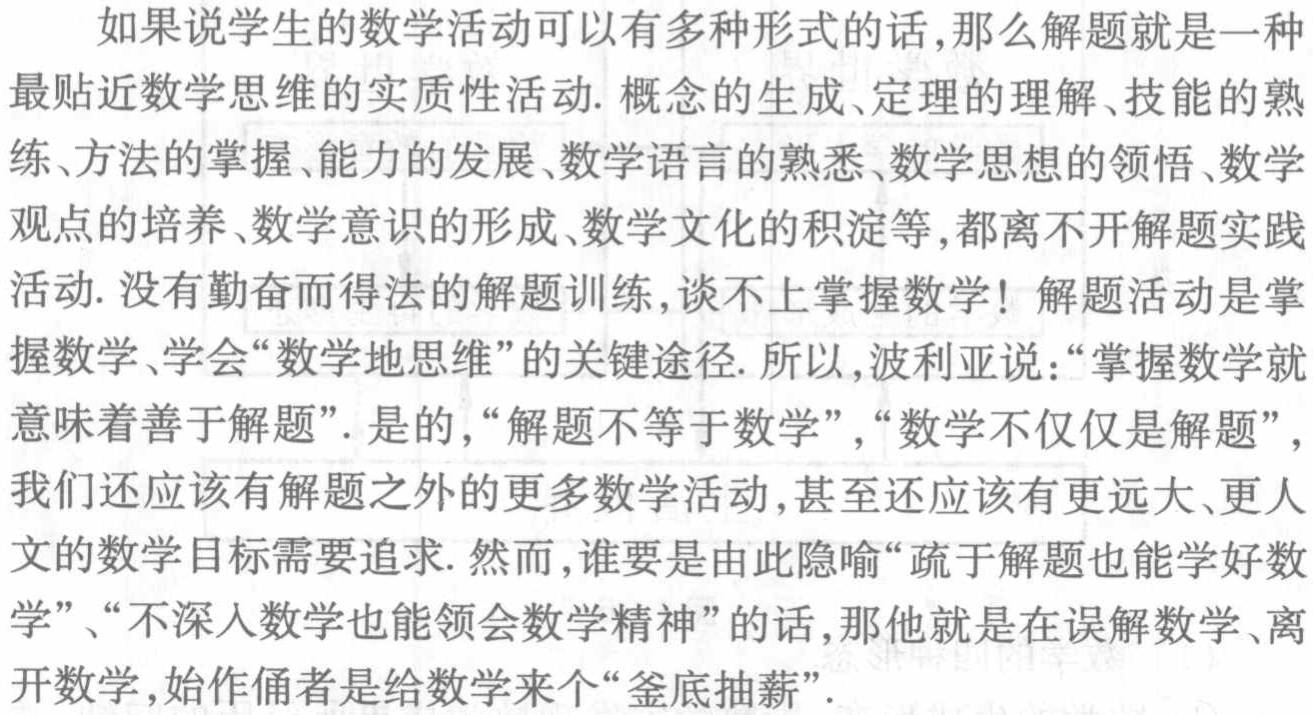
如果说学生的数学活动可以有多种形式的话,那么解题就是一种最贴近数学思维的实质性活动. 概念的生成、定理的理解、技能的熟练、方法的掌握、能力的发展、数学语言的熟悉、数学思想的领悟、数学观点的培养、数学意识的形成、数学文化的积淀等,都离不开解题实践活动. 没有勤奋而得法的解题训练,谈不上掌握数学! 解题活动是掌握数学、学会“数学地思维”的关键途径. 所以,波利亚说：“掌握数学就意味着善于解题”. 是的,“解题不等于数学”,“数学不仅仅是解题”,我们还应该有解题之外的更多数学活动,甚至还应该有更远大、更人文的数学目标需要追求. 然而,谁要是由此隐喻“疏于解题也能学好数学”、“不深入数学也能领会数学精神”的话,那他就是在误解数学、离开数学,始作俑者是给数学来个“釜底抽薪”.